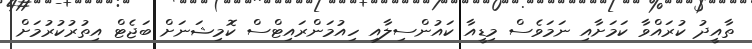
ތާއީދު ކުރައްވާ ކަމަށާއި ނަމަވެސް މިޑީއާ ކައުންސިލާއި ހިއުމަންރައިޓްސް ކޮމިޝަނަށް ބަޖެޓް އިތުރުކުރުމަށް